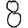
Digit: 8